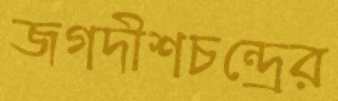
জগদীশচন্দ্রের